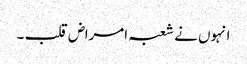
انہوں نے شعبہ امراض قلب ۔